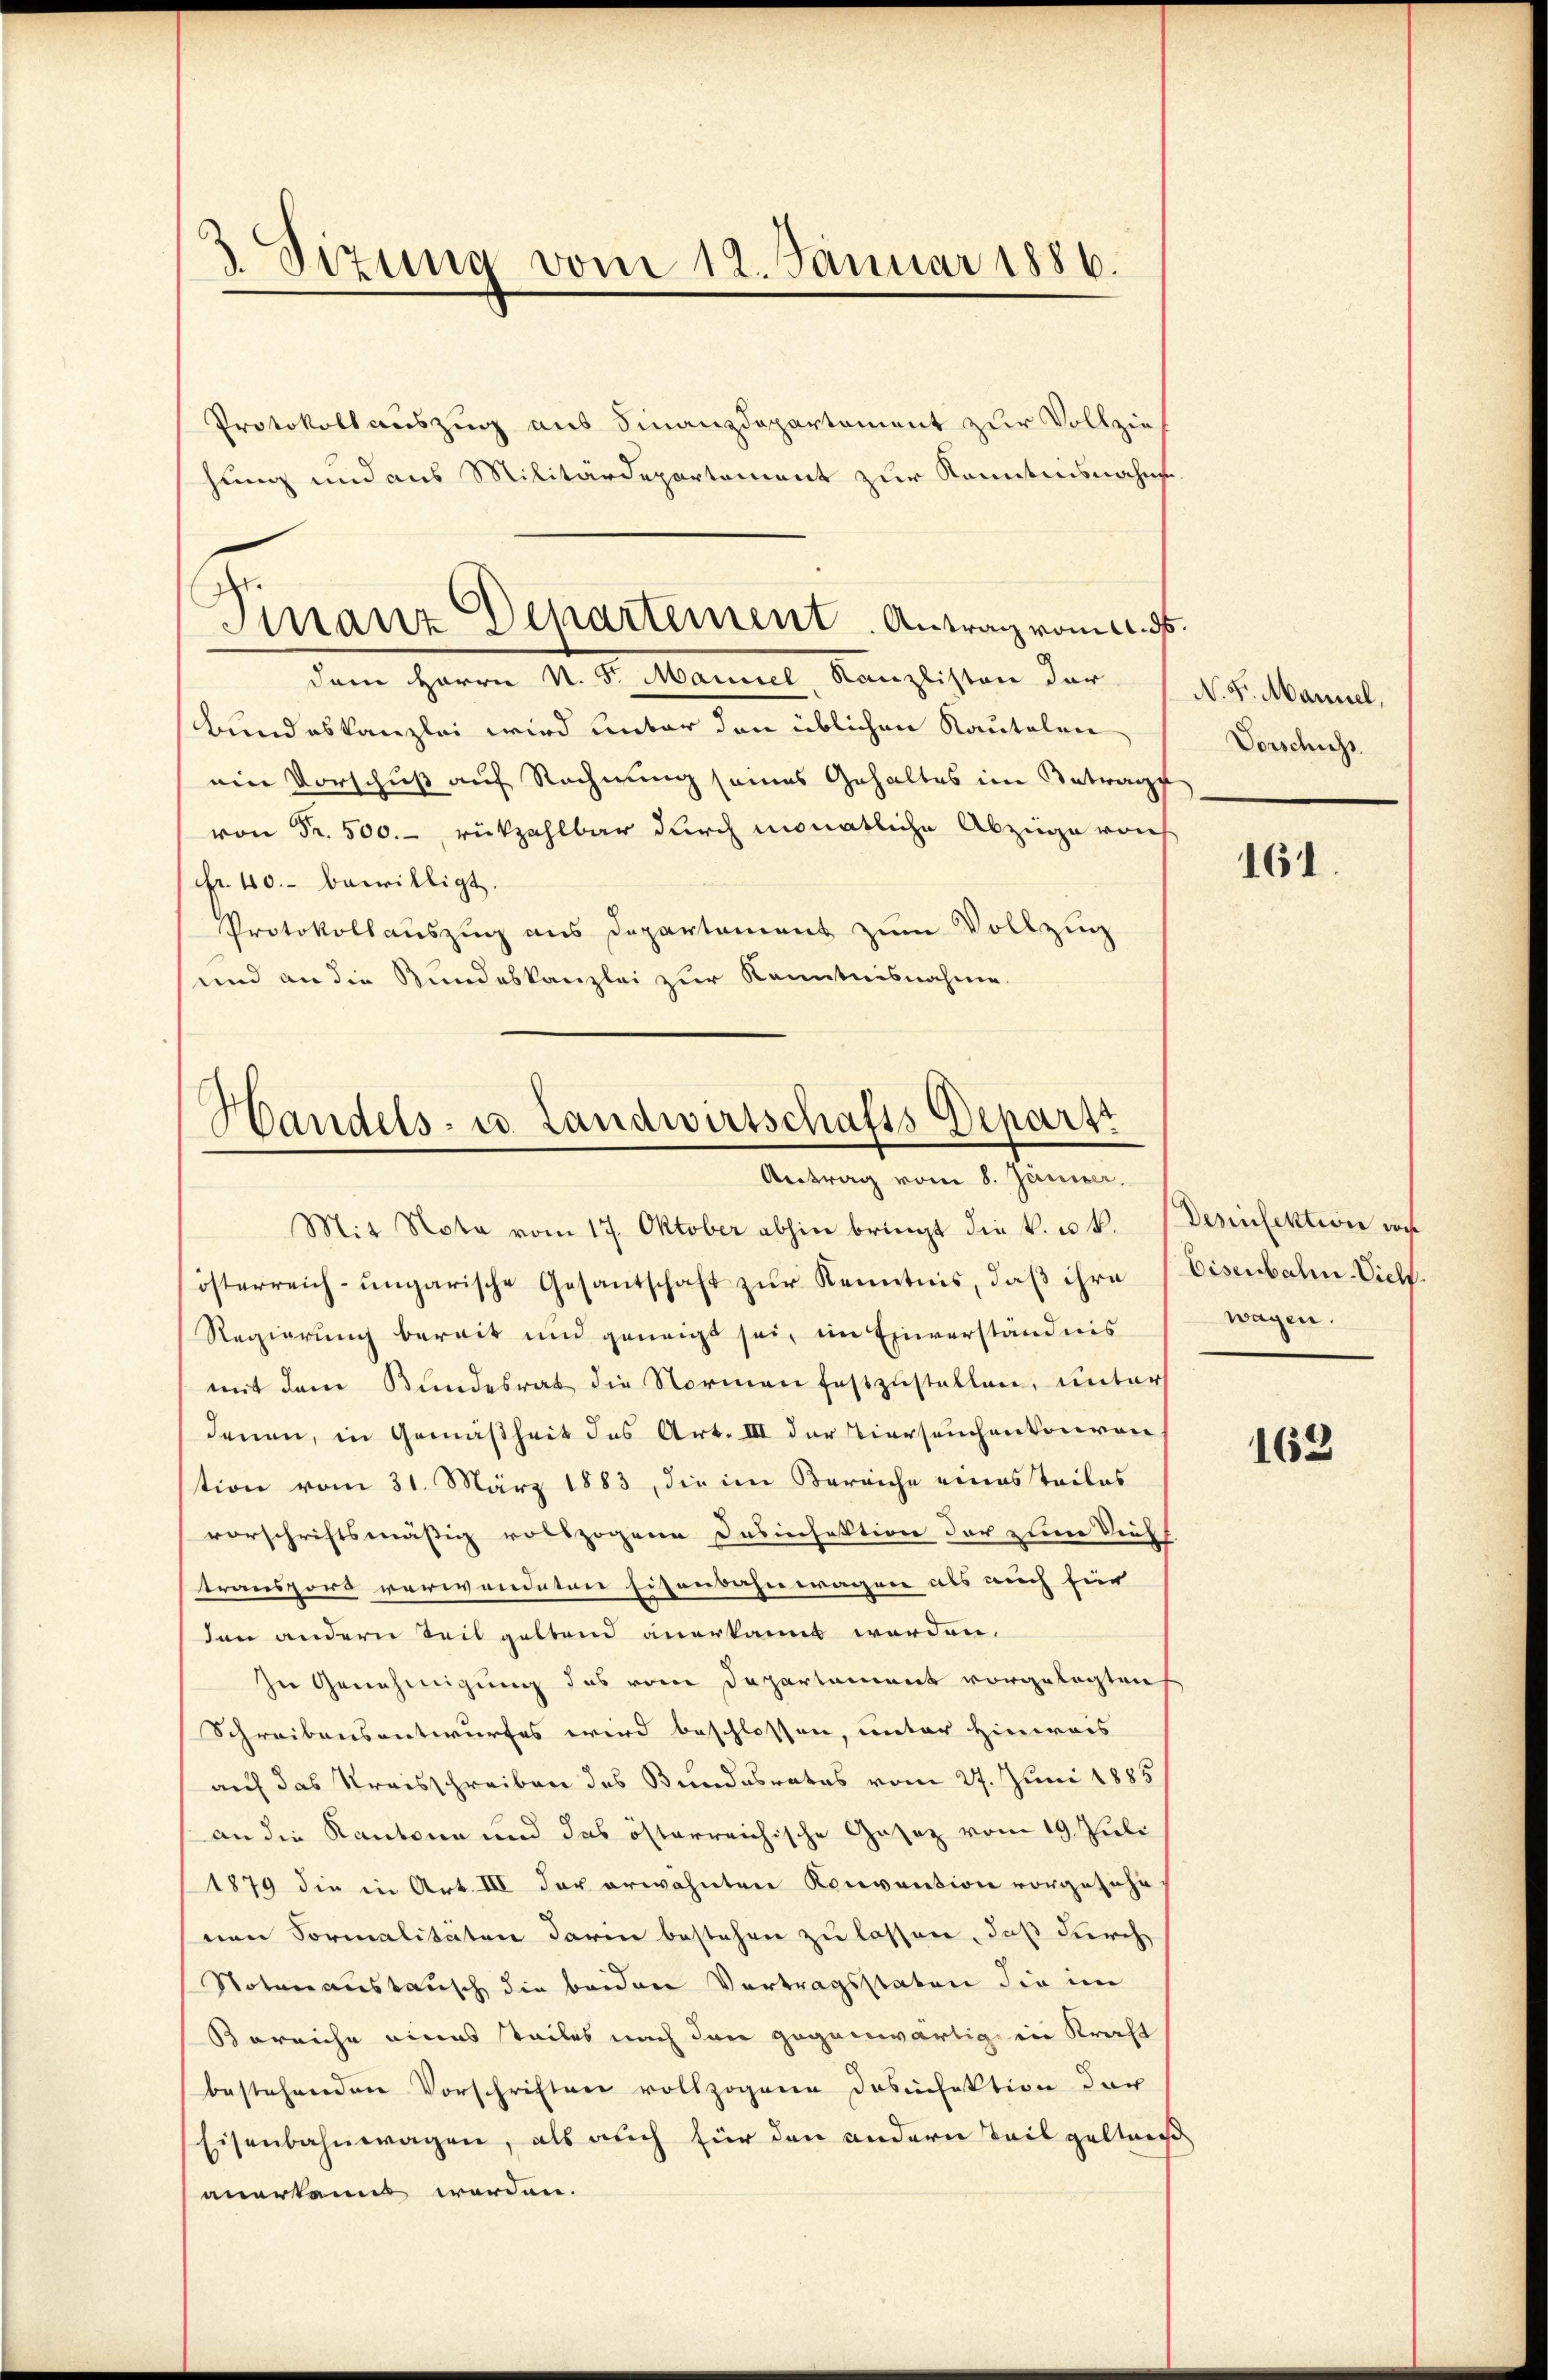
3. Sizung vom 12. Januar 1886.

Protokollauszug aus Finanzdepartement zur Vollzie
hung und aus Militärdepartement zur Kenntnisnahm
dem Herrn N. 5. Manuel Kanzlisten der
Bundeskanzlei wird unter den üblichen Kautelen
ein Vorschuß auf Rechnung seines Gehaltes im Antrage
von Fr. 500.-, rückzahlbar durch monatliche Abzüge vorh
Fr. 40. bewilligt.
Protokollauszug aus Departement zum Vollzug
und an die Bundeskanzlei zur Kenntnisnahme

Finanz Departement. Antrag vom 4. ds.

Handels- u. Landwirtschafts Departi
Antrag vom 8. Jänner.

Mit Nota vom 17. Oktober abhin bringt die k. u. k. Dennfektion vor
österreich-ungarische Gesantschaft zŭr Kenntnis, daβ ihre (Eisenbahn-Vieh
Regierung bereit und geneigt sei, im Einverständnis
mit dem Bundesrat die Normen festzustellen, unter
denen, in Gemäßheit des Art. III der Tierseuchenkonven
stion vom 31. März 1883, die im Bereiche eines Teiles
vorschriftsmäßig vollzogene Desinfektion der zum Viehs
transport verwendeten Eisenbahnwagene als auch für
den andern Teil geltend anerkannt werden.
zu Genehmigung des vom Departement vorgelegten
Schreibensantwurfes wird beschlossen, unter Hinweis
auf das Kreisschreiben des Bundesrates vom 27. Juni 1885
an die Kantone und das österreichische Gesetz vom 19. Juli
1879 die in Art. III der erwähnten Konvention vorgesehe
nen Formalitäten darin bestehen zu lassen, daß durch
Notenaustausch die beiden Vertragsstaten die im
Bereiche eines teiles nach den gegenwärtig in Kraft
bestehenden Vorschriften vollzogene Dosinfektion der
Eisenbahnwagen, als auch für den andern Teil geltniß
anerkannt werden.

N. K. Mannel,
Vorschuss

161.

wagen.

163